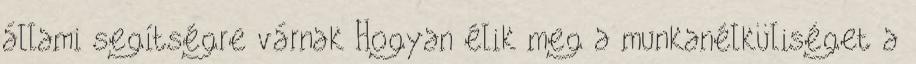
állami segítségre várnak Hogyan élik meg a munkanélküliséget a